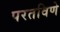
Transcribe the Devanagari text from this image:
परतविणे